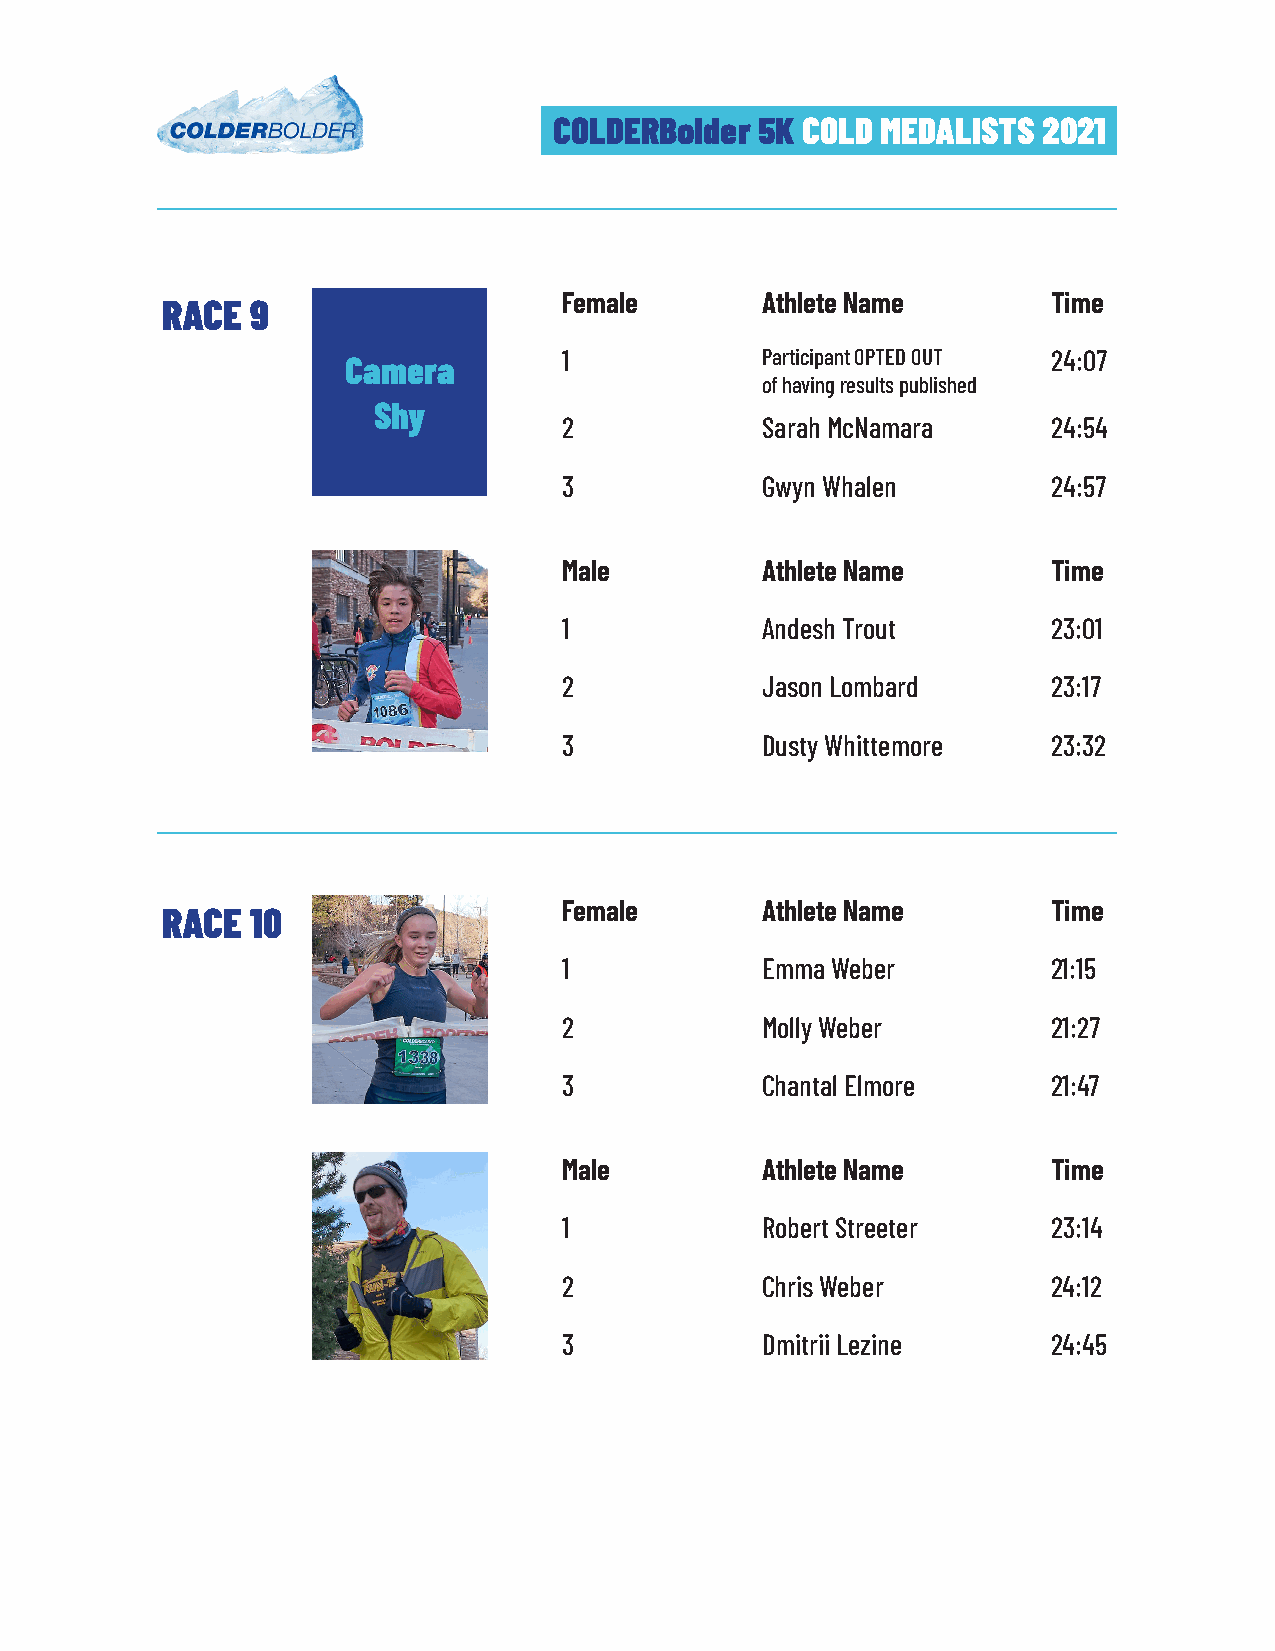
COLDERBolder 5K COLD MEDALISTS  2021
 Female       Athlete Name        Time
 RACE  9
 1            Participant OPTED OUT 24:07
 Camera
 of having results published
 Shy
 2            Sarah McNamara      24:54
 3            Gwyn Whalen         24:57
 Male         Athlete Name        Time
 1            Andesh Trout        23:01
 2            Jason Lombard       23:17
 3            Dusty Whittemore    23:32
 Female       Athlete Name        Time
 RACE  10
 1            Emma Weber          21:15
 2            Molly Weber         21:27
 3            Chantal Elmore      21:47
 Male         Athlete Name        Time
 1            Robert Streeter     23:14
 2            Chris Weber         24:12
 3            Dmitrii Lezine      24:45